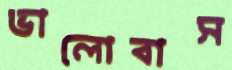
ভালোবাস